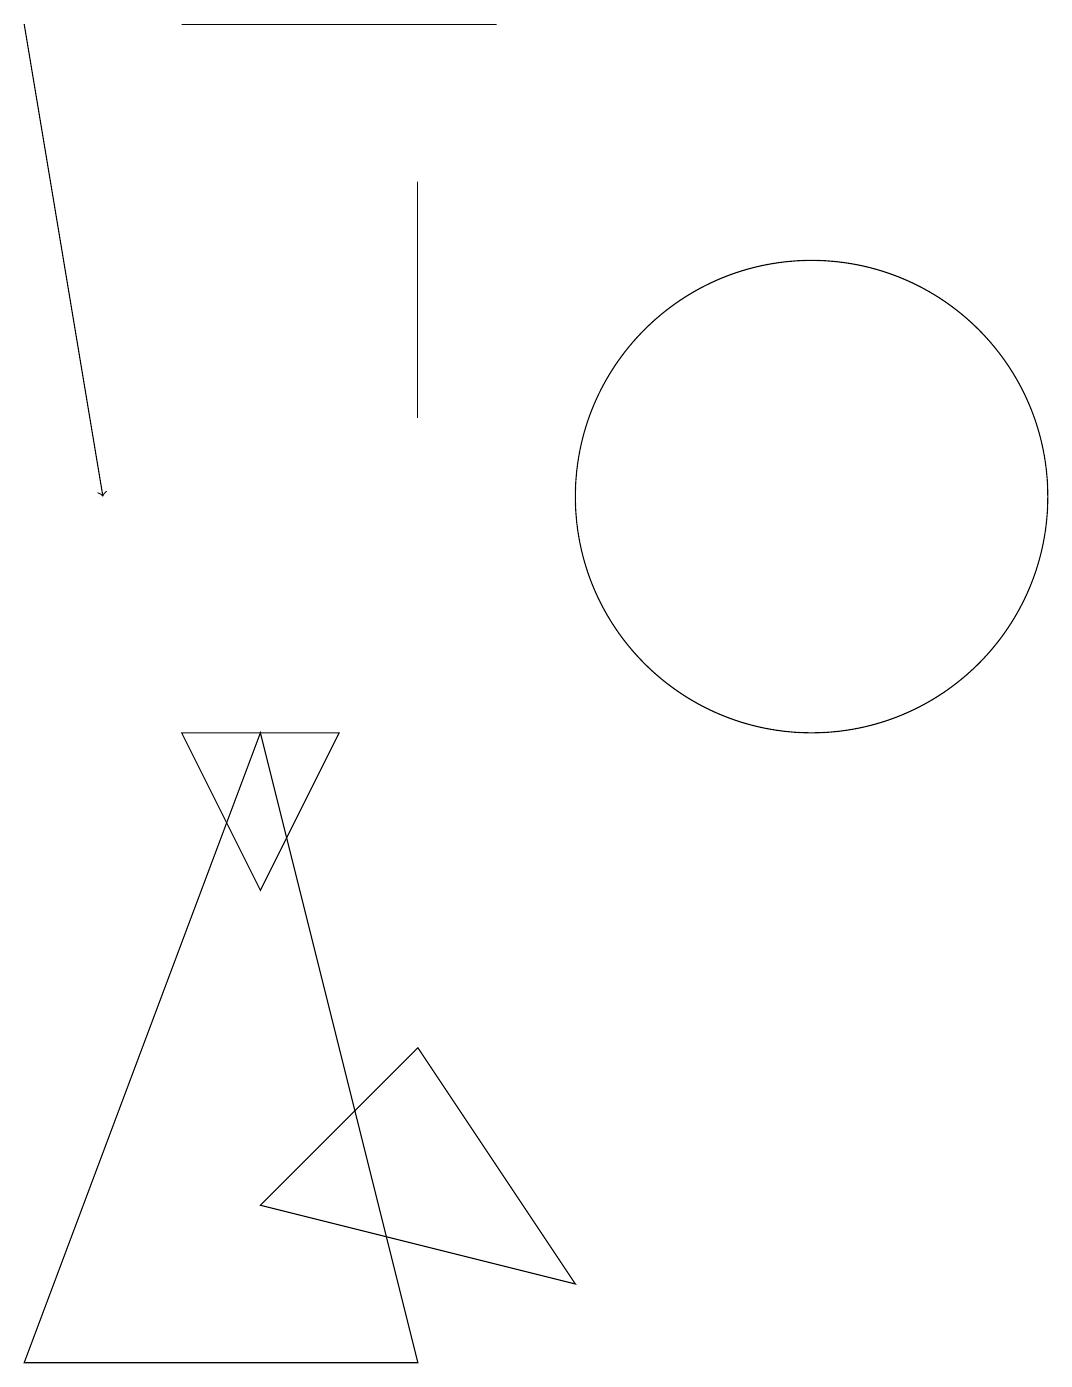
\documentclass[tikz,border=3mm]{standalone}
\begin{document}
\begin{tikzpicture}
\draw (5,8) -- (3,8) -- (4,6) -- cycle;
\draw[->] (1,17) -- (2,11);
\draw (11,11) circle (3);
\draw (6,0) -- (1,0) -- (4,8) -- cycle;
\draw (4,2) -- (6,4) -- (8,1) -- cycle;
\draw (6,12) rectangle (6,15);
\draw (3,17) rectangle (7,17);
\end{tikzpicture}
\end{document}